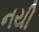
નયી